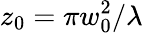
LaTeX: z_{0}=\pi w_{0}^{2}/\lambda